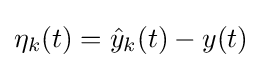
\eta _{k}(t)={\hat {y}}_{k}(t)-y(t)